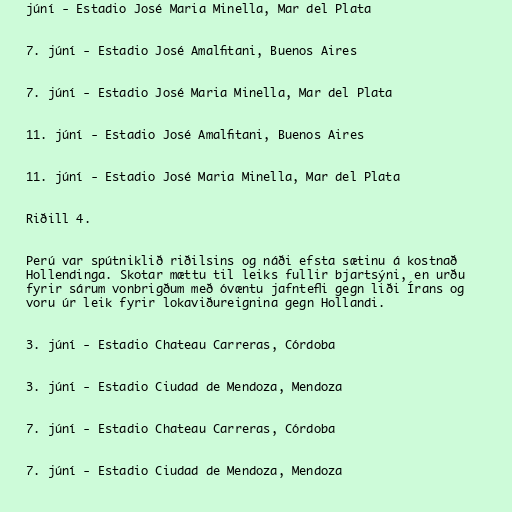
júní - Estadio José Maria Minella, Mar del Plata

7. júní - Estadio José Amalfitani, Buenos Aires

7. júní - Estadio José Maria Minella, Mar del Plata

11. júní - Estadio José Amalfitani, Buenos Aires

11. júní - Estadio José Maria Minella, Mar del Plata

Riðill 4.

Perú var spútniklið riðilsins og náði efsta sætinu á kostnað
Hollendinga. Skotar mættu til leiks fullir bjartsýni, en urðu
fyrir sárum vonbrigðum með óvæntu jafntefli gegn liði Írans og
voru úr leik fyrir lokaviðureignina gegn Hollandi.

3. júní - Estadio Chateau Carreras, Córdoba

3. júní - Estadio Ciudad de Mendoza, Mendoza

7. júní - Estadio Chateau Carreras, Córdoba

7. júní - Estadio Ciudad de Mendoza, Mendoza